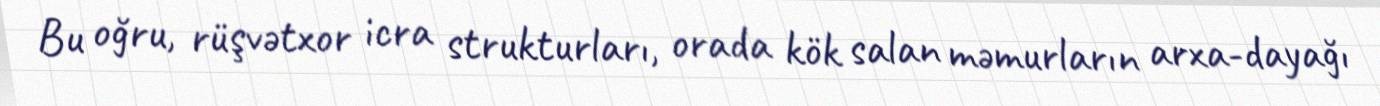
Bu oğru, rüşvətxor icra strukturları, orada kök salan məmurların arxa-dayağı